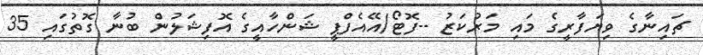
ޗައިނާގެ ވިޔަފާރީގެ މައި މަރުކަޒު --ފޮޓޯ/އޭއެފްޕީ ޝަންހާއީގެ އޮފިޝަލުން ބުނާ ގޮތުގައި 35